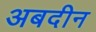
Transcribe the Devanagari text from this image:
अबदीन